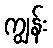
ကျွန်း